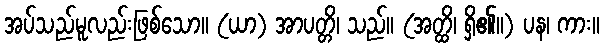
အပ်သည်မူလည်းဖြစ်သော။ (ယာ) အာပတ္တိ၊ သည်။ (အတ္ထိ၊ ရှိ၏။) ပန၊ ကား။